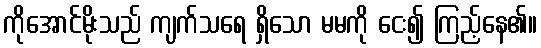
ကိုအောင်မိုးသည် ကျက်သရေ ရှိသော မမကို ငေး၍ ကြည့်နေ၏။